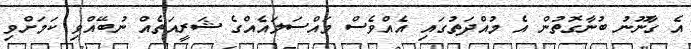
އެ ގާނޫނު ބުނާގޮތުން އެ މުއްދަތުގައި އެއްވެސް މައްސަލައެއްގެ ޝަރީއަތެއް ނުބޭއްވި ކަމަށްވި